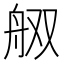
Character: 𰰋